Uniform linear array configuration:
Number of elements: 8
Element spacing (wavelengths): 0.25
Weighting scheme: blackman
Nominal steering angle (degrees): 30
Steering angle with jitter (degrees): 29.636
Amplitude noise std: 0.05
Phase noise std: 0.05

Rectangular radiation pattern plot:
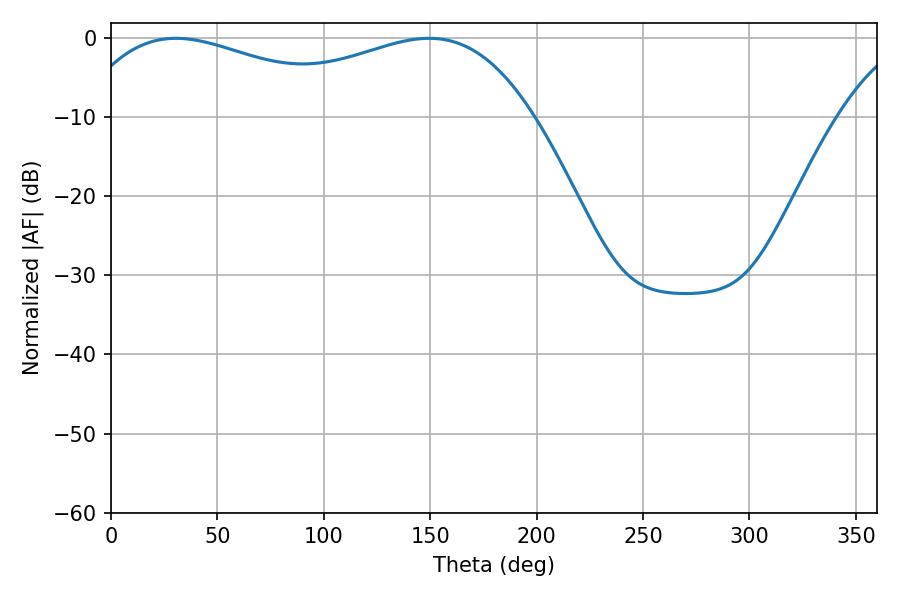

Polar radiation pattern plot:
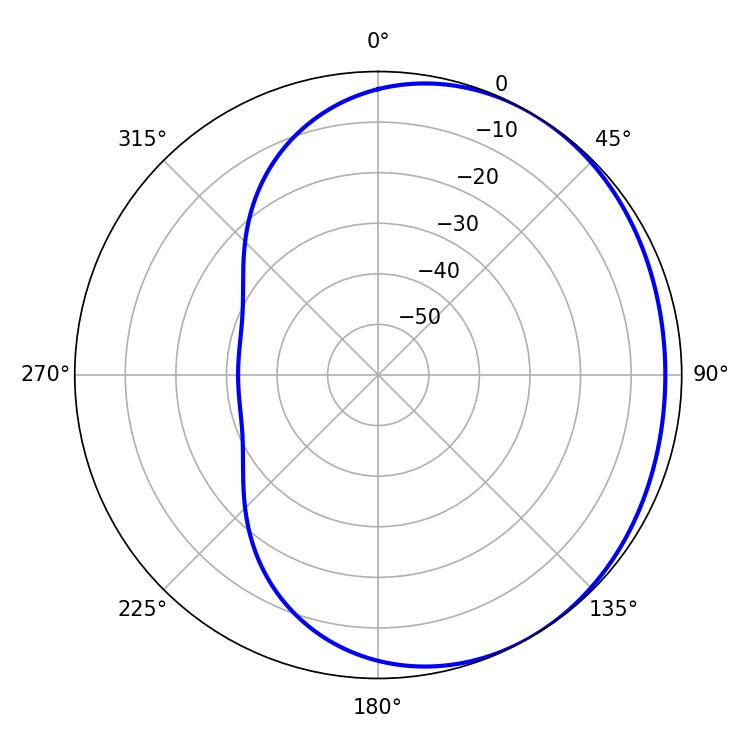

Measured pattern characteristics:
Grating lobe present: FALSE
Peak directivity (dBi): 1.653
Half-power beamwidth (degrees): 77.04
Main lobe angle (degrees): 30.42